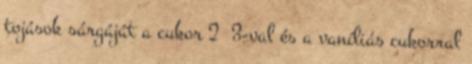
tojások sárgáját a cukor 2 3-val és a vaníliás cukorral